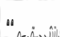
٥٢